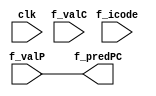
module Predict_PC(clk,f_icode,f_valC,f_valP,f_predPC);

input clk;
input [3:0] f_icode;
input [63:0] f_valC;
input [63:0] f_valP;

output reg [63:0] f_predPC;


always@(*)
begin
  
  if ((f_icode == 0111) || (f_icode == 1000))
  f_predPC = f_valC;
  else f_predPC = f_valP;

end

endmodule